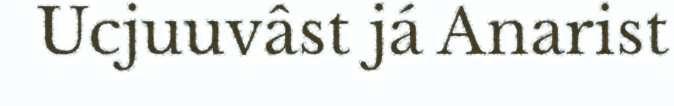
Ucjuuvâst já Anarist